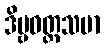
ဒိဗ္ဗဝတ္ထသမာ